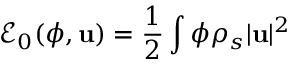
\displaystyle \mathcal E _ { 0 } ( \phi , { \bf u } ) = \frac { 1 } { 2 } \int \phi \rho _ { s } | { \bf u } | ^ { 2 }